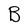
Character: B